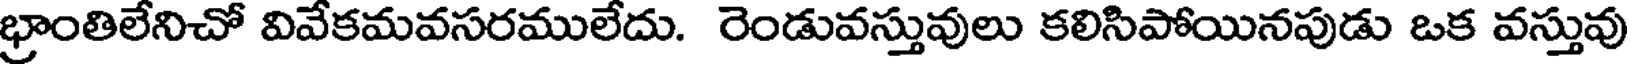
భ్రాంతిలేనిచో వివేకమవసరములేదు. రెండువస్తువులు కలిసిపోయినపుడు ఒక వస్తువు